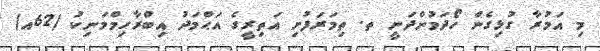
މި އަމުރާ ގުޅިގެން ހޯދަމުންދަނީ ތ. ތިމަރަފުށި އަތިރީގެ އަޙްމަދު އިބްރާހިމްމަނިކު (62އ)